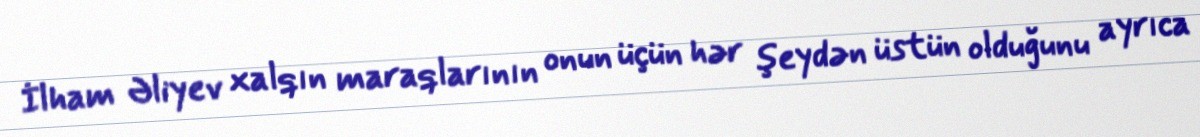
İlham Əliyev xalqın maraqlarının onun üçün hər şeydən üstün olduğunu ayrıca